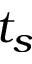
t _ { s }